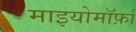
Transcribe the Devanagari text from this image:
माइयोमॉर्फ़ा